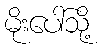
မိုးပေါ်သို့